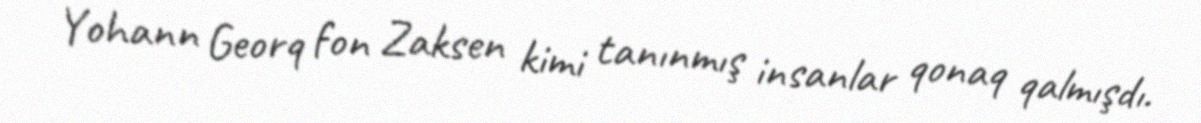
Yohann Georq fon Zaksen kimi tanınmış insanlar qonaq qalmışdı.